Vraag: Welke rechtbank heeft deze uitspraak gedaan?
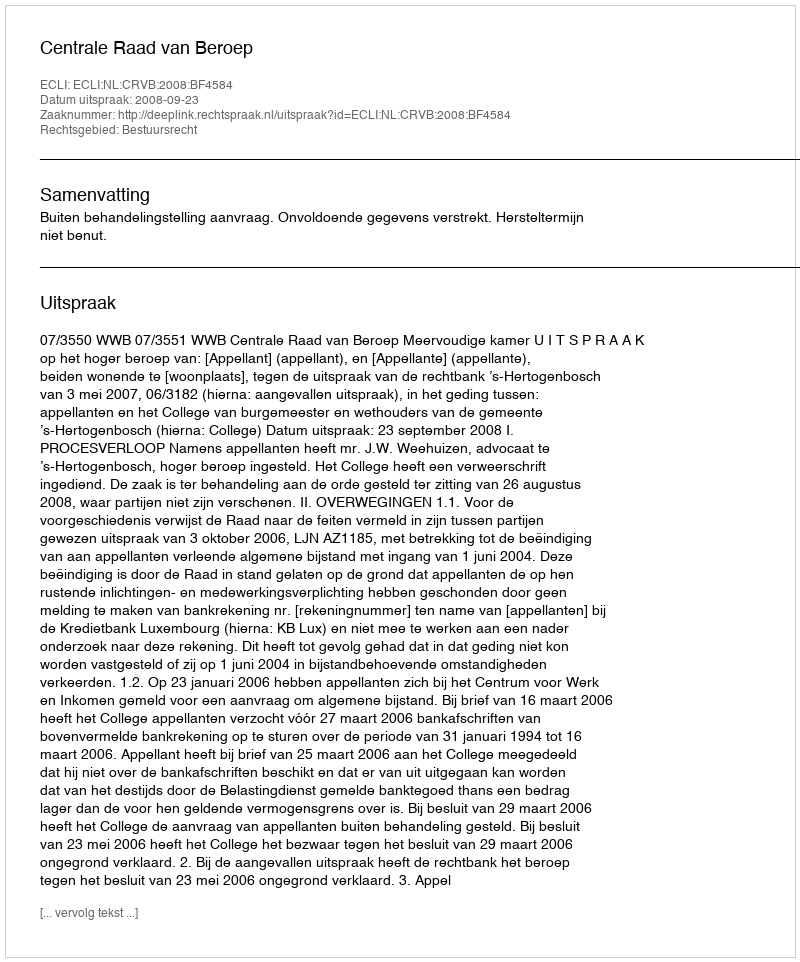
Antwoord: Centrale Raad van Beroep